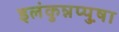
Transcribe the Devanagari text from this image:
इलंकुन्नप्पुष़ा